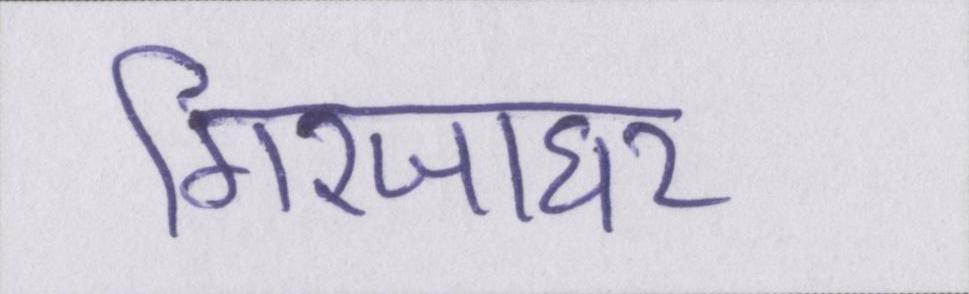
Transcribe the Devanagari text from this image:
गिरजाघर